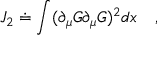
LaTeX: J _ { 2 } \doteq \int ( \partial _ { \mu } G \partial _ { \mu } G ) ^ { 2 } d x \quad ,